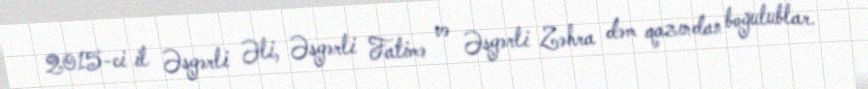
2015-ci il Əsgərli Əli, Əsgərli Fatimə və Əsgərli Zəhra dəm qazından boğulublar.